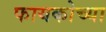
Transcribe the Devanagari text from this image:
फायकोच्या